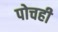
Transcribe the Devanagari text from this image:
पोचही